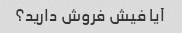
آیا فیش فروش دارید؟